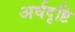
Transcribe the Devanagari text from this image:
अर्धदृष्टि